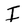
Character: I